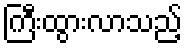
ကြီးထွားလာသည့်